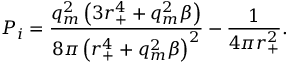
P _ { i } = \frac { q _ { m } ^ { 2 } \left( 3 r _ { + } ^ { 4 } + q _ { m } ^ { 2 } \beta \right) } { 8 \pi \left( r _ { + } ^ { 4 } + q _ { m } ^ { 2 } \beta \right) ^ { 2 } } - \frac { 1 } { 4 \pi r _ { + } ^ { 2 } } .